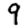
Digit: 9